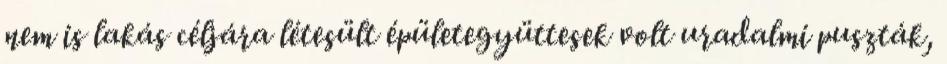
nem is lakás céljára létesült épületegyüttesek volt uradalmi puszták,